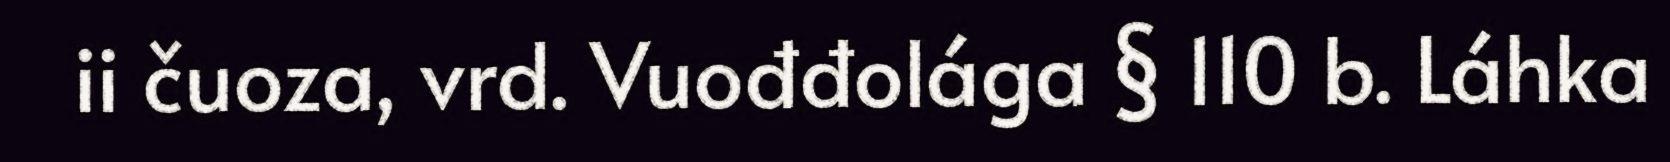
ii čuoza, vrd. Vuođđolága § 110 b. Láhka